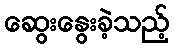
ဆွေးနွေးခဲ့သည့်